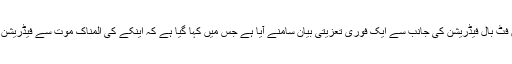
رابرٹ اینکے کی ہلاکت پر جرمن فٹ بال فیڈریشن کی جانب سے ایک فوری تعزیتی بیان سامنے آیا ہے جس میں کہا گیا ہے کہ اینکے کی المناک موت سے فیڈریشن اور شائقین کو شدید صدمہ ہوا ہے۔